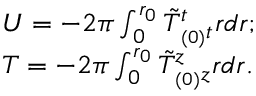
\begin{array} { l l } { { U = - 2 \pi \int _ { 0 } ^ { r _ { 0 } } \tilde { T } _ { _ { ( 0 ) } t } ^ { t } r d r ; } } \\ { { T = - 2 \pi \int _ { 0 } ^ { r _ { 0 } } \tilde { T } _ { _ { ( 0 ) } z } ^ { z } r d r . } } \end{array}